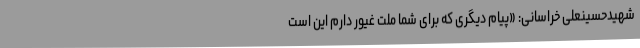
شهیدحسینعلی خراسانی: «پیام دیگری که برای شما ملت غیور دارم این است